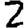
Digit: 2